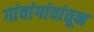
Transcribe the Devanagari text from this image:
गांवांगांवांतून